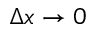
\Delta x \to 0